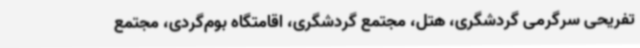
تفریحی سرگرمی گردشگری، هتل، مجتمع گردشگری، اقامتگاه بوم‌گردی، مجتمع